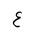
Letter: _ayn